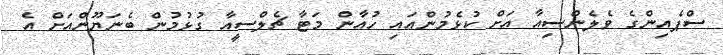
ސްޕެއިންގެ ވެލެންސިއާ އަށް ކުޅެމުންއައި ހުއާން މަޓާ ޗެލްސީއާ ގުޅުމުން ބެނަޔޫންއަށް އެ